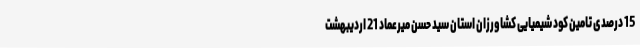
15 درصدی تامین کود شیمیایی کشاورزان استان سید حسن میرعماد 21 اردیبهشت